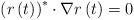
\begin{align*}\left( r\left( t\right) \right) ^{\ast}\cdot\nabla r\left( t\right)=0\end{align*}